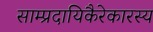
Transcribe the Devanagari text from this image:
साम्प्रदायिकैरेकारस्य